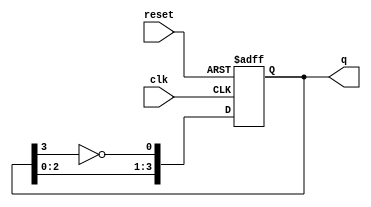
module johnson_counter #(
    parameter N = 4  // Number of flip-flops
) (
    input wire clk,        // Clock input
    input wire reset,      // Asynchronous reset
    output reg [N-1:0] q   // Counter output
);

// Internal signal for the inverted output of the last flip-flop
wire feedback;

assign feedback = ~q[N-1]; // Inverted output of the last flip-flop

// Always block for the Johnson counter
always @(posedge clk or posedge reset) begin
    if (reset) begin
        q <= 0; // Reset the counter to 0
    end else begin
        q <= {q[N-2:0], feedback}; // Shift and insert feedback
    end
end

endmodule